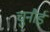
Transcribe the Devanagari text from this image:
चुनौई